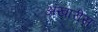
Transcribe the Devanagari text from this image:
अखारीस